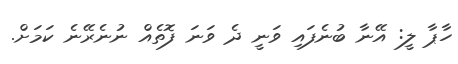
ހާޕާ ލީ: އޭނާ ބުނެފައި ވަނީ ދެ ވަނަ ފޮތެއް ނުނެރޭނެ ކަމަށް.